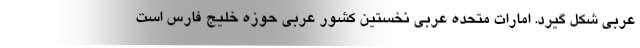
عربی شکل گیرد. امارات متحده عربی نخستین کشور عربی حوزه خلیج فارس است